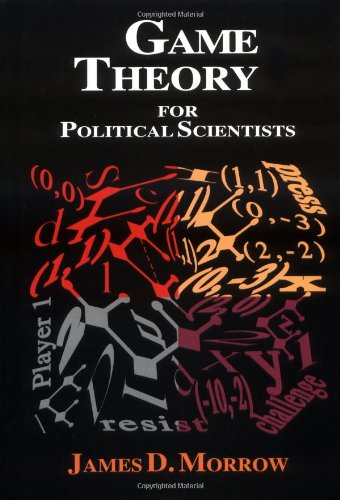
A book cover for Game Theory for Political Scientists; James D. Morrow; Science & Math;